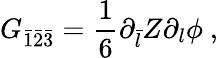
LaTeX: G_{\bar{1}\bar{2}\bar{3}}=\frac{1}{6}\partial_{\bar{l}}Z\partial_{l}\phi\ ,